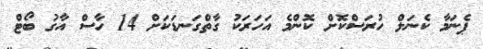
ޕެނަމާ ކެނަލް ހުރަސްކޮށް ކޮންމެ އަހަރަކު ގާތްގަނޑަކަށް 14 ހާސް އާގު ބޯޓް